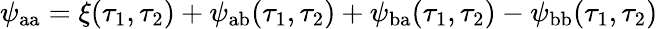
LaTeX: \psi_{\mathrm{aa}}=\xi(\tau_{1},\tau_{2})+\psi_{\mathrm{ab}}(\tau_{1},\tau_{2})+\psi_{\mathrm{ba}}(\tau_{1},\tau_{2})-\psi_{\mathrm{bb}}(\tau_{1},\tau_{2})